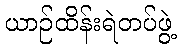
ယာဉ်ထိန်းရဲတပ်ဖွဲ့